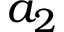
a _ { 2 }